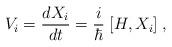
LaTeX: \begin{align*} V_i = \frac{d X_i}{d t} = \frac{i}{\hbar} \; {[} H, X_i {]} \; ,\end{align*}